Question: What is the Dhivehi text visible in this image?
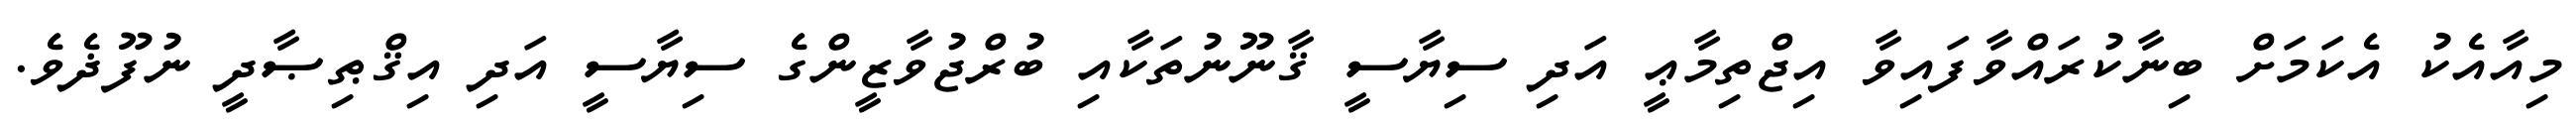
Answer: މިއާއެކު އެކަމަށް ބިނާކުރައްވާފައިވާ އިޖްތިމާޢީ އަދި ސިޔާސީ ޤާނޫނުތަކާއި ބުރްޖުވާޒީންގެ ސިޔާސީ އަދި އިޤްޠިޞާދީ ނުފޫޛެވެ.